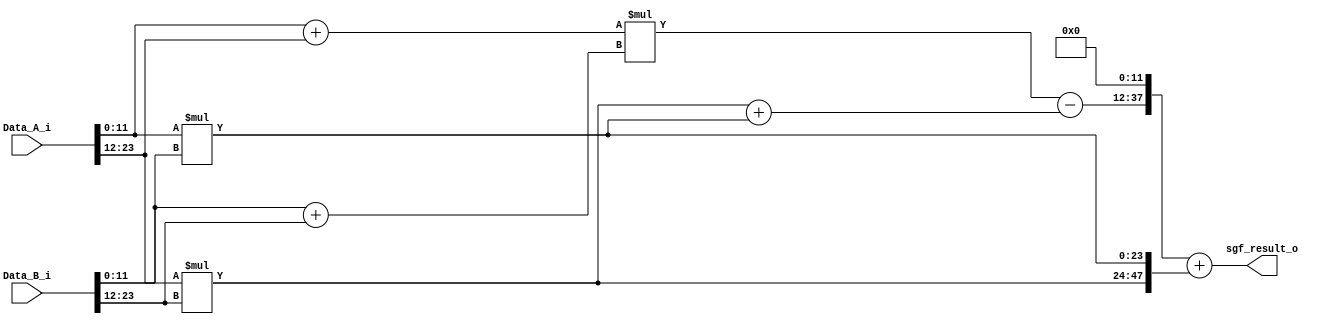
//==================================================================================================
//  Revision      :
//  Company       : Instituto Tecnologico de Costa Rica
//
//  Description   :
//
//
//==================================================================================================

`timescale 1ns / 1ps



module Simple_KOA
    //#(parameter SW = 24, parameter precision = 0)
    #(parameter SW = 24)
    (
    input wire [SW-1:0] Data_A_i,
    input wire [SW-1:0] Data_B_i,
    output reg [2*SW-1:0] sgf_result_o
    );

    ///////////////////////////////////////////////////////////
    wire [1:0] zero1;
    wire [3:0] zero2;
    assign zero1 = 2'b00;
    assign zero2 = 4'b0000;
    ///////////////////////////////////////////////////////////
    wire [SW/2-1:0] rightside1;
    wire [SW/2:0] rightside2;
    //Modificacion: Leftside signals are added. They are created as zero fillings as preparation for the final adder.
    wire [SW/2-3:0] leftside1;
    wire [SW/2-4:0] leftside2;


    reg [4*(SW/2)-1:0] sgf_r = 0;

    assign rightside1 = (SW/2) *1'b0;
    assign rightside2 = (SW/2+1)*1'b0;

    assign leftside1 = (SW/2-2) *1'b0; //Se le quitan dos bits con respecto al right side, esto porque al sumar, se agregan bits, esos hacen que sea diferente
    assign leftside2 = (SW/2-1)*1'b0;

    localparam half = SW/2;


        `define STOP_SW1 3
        `define STOP_SW2 4


generate

    //assign i = Stop_I;
    if (SW <=`STOP_SW1 || SW <=`STOP_SW2) begin
        always @* begin
             sgf_result_o <= Data_A_i * Data_B_i;
        end
    end else begin


    case (SW%2)
        0:begin : EVEN1

            reg [SW/2:0] result_A_adder = 0;
            reg [SW/2:0] result_B_adder = 0;
            reg [SW-1:0] Q_left = 0;
            reg [SW-1:0] Q_right = 0;
            reg [SW+1:0] Q_middle = 0;
            reg [2*(SW/2+2)-1:0] S_A = 0;
            reg [2*(SW/2+2)-1:0] S_B = 0;

        //////////////////////////////////even//////////////////////////////////
       //Multiplier for left side and right side
           always @* begin : EVEN
                 Q_left [SW-1:0] <= Data_A_i[(SW-1) -: SW/2] * Data_B_i[(SW-1) -: SW/2];

                 Q_right[SW-1:0] <= Data_A_i[((SW/2)-1):0]  * Data_B_i[((SW/2)-1):0];

                 result_A_adder <= (Data_A_i[((SW/2)-1):0] + Data_A_i[(SW-1) -: SW/2]);

                 result_B_adder <= (Data_B_i[((SW/2)-1):0] + Data_B_i[(SW-1) -: SW/2]);

                 Q_middle  <= result_A_adder * result_B_adder;

                 S_B <= (Q_middle - (Q_left + {zero1,Q_right}));

                 sgf_result_o[2*SW-1:0] <= {S_B[2*(SW/2)+1:0],rightside1} + {Q_left,Q_right[2*(SW/2)-1:0]};
                 //sgf_result_o[2*SW-1:0] <= Result[2*SW-1:0];
           end
                //assign sgf_result_o = Result[4*(SW/2)-1:0];

        end
    1:begin : ODD1
            always @* begin : ODD

                reg [SW/2+1:0] result_A_adder;
                reg [SW/2+1:0] result_B_adder;
                reg [2*(SW/2)-1:0]   Q_left;
                reg [2*(SW/2+1)-1:0] Q_right;
                reg [2*(SW/2+2)-1:0] Q_middle;
                reg [2*(SW/2+2)-1:0] S_A;
                reg [2*(SW/2+2)-1:0] S_B;

                 Q_left  <= Data_A_i[SW-1:SW/2+1] * Data_B_i[SW-1:SW/2+1];

                 Q_right <= Data_A_i[SW/2:0]      * Data_B_i[SW/2:0];

                 result_A_adder <= (Data_A_i[SW-SW/2-1:0] + Data_A_i[SW-1:SW-SW/2]);

                 result_B_adder <= Data_B_i[SW-SW/2-1:0] + Data_B_i[SW-1:SW-SW/2];

                 Q_middle  <= result_A_adder * result_B_adder;

                 S_B <= (Q_middle - (Q_left + Q_right));

                 sgf_result_o<= {S_B,rightside2} + {Q_left,Q_right};
                 //sgf_result_o <= Result[2*SW-1:0];

           end
            //assign sgf_result_o = Result[2*SW-1:0];

        end
    endcase

end



endgenerate

endmodule